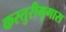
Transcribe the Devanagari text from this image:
कस्तुरीमृगास